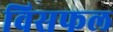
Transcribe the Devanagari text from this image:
विसफल